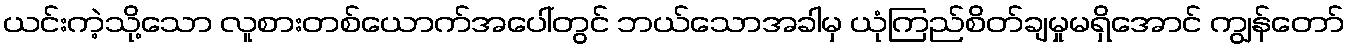
ယင်းကဲ့သို့သော လူစားတစ်ယောက်အပေါ်တွင် ဘယ်သောအခါမှ ယုံကြည်စိတ်ချမှုမရှိအောင် ကျွန်တော်